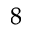
^ 8